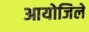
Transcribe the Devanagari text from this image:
आयोजिले